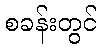
စခန်းတွင်